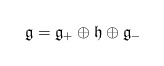
\begin{align*}\mathfrak g = \mathfrak g_+ \oplus \mathfrak h \oplus \mathfrak g_-\end{align*}